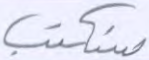
سنكتب